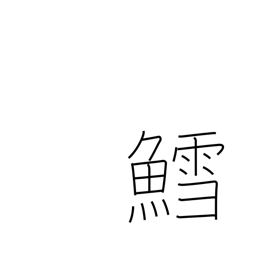
Meaning: codfish